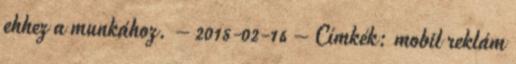
ehhez a munkához. – 2015-02-16 – Címkék: mobil reklám